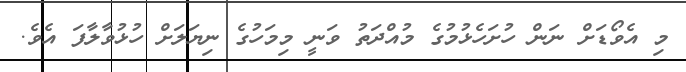
މި އެވޯޑަށް ނަން ހުށަހެޅުމުގެ މުއްދަތު ވަނީ މިމަހުގެ ނިޔަލަށް ހުޅުވާލާފަ އެވެ.